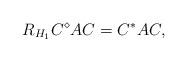
LaTeX: \begin{align*}R_{H_{1}}C^{\diamond}AC=C^{*}AC,\end{align*}